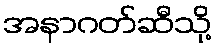
အနာဂတ်ဆီသို့